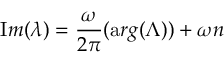
{ \mathrm { I } m } ( \lambda ) = \frac { \omega } { 2 \pi } ( { \mathrm { a } r g } ( \Lambda ) ) + \omega n